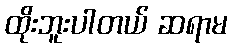
ထိုးဘူးပါတယ် ဆရာမ